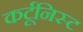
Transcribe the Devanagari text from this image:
कर्टूनिस्ट